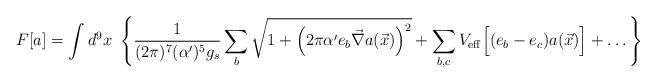
LaTeX: \begin{align*}F[a]=\int d^{9}x~\left\{\frac{1}{(2\pi)^7(\alpha')^{5}g_s}\sum_{b}\sqrt{1+\left(2\pi \alpha'e_b\vec\nabla a(\vec x)\right)^2}+\sum_{b,c}V_{\rm eff}\Bigl[(e_b-e_c)a(\vec x)\Bigr]+\dots\right\}\end{align*}